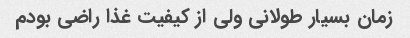
زمان بسیار طولانی ولی از کیفیت غذا راضی بودم